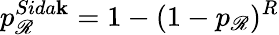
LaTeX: p_{\mathscr{R}}^{Sida\mathbf{k}}=1-(1-p_{\mathscr{R}})^{R}